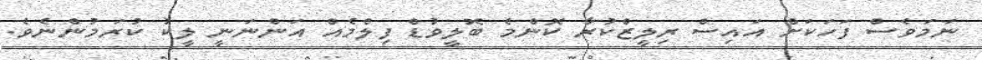
ނަމަވެސް ފަހަކަށް އައިސް ރިލީޒްކުރާ ކޮންމެ ބޮލީވުޑް ފިލްމެއް އަންނަނީ ލީކު ކުރަމުންނެވެ.